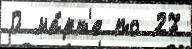
0 ма́рт'е по 27